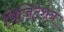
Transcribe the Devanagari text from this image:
भिजिटेशन